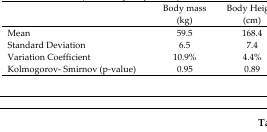
|  | Body mass (kg) | Body Height (cm) |
 | --- | --- | --- |
 | Mean | 59.5 | 168.4 |
 | Standard Deviation | 6.5 | 7.4 |
 | Variation Coefficient | 10.9% | 4.4% |
 | Kolmogorov- Smirnov (p-value) | 0.95 | 0.89 |